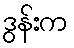
ဒွန်းက